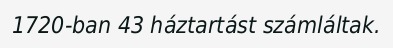
1720-ban 43 háztartást számláltak.